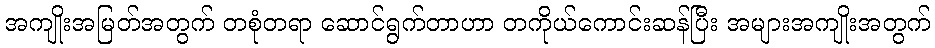
အကျိုးအမြတ်အတွက် တစုံတရာ ဆောင်ရွက်တာဟာ တကိုယ်ကောင်းဆန်ပြီး အများအကျိုးအတွက်